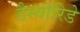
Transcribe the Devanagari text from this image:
डैस्योरिडे